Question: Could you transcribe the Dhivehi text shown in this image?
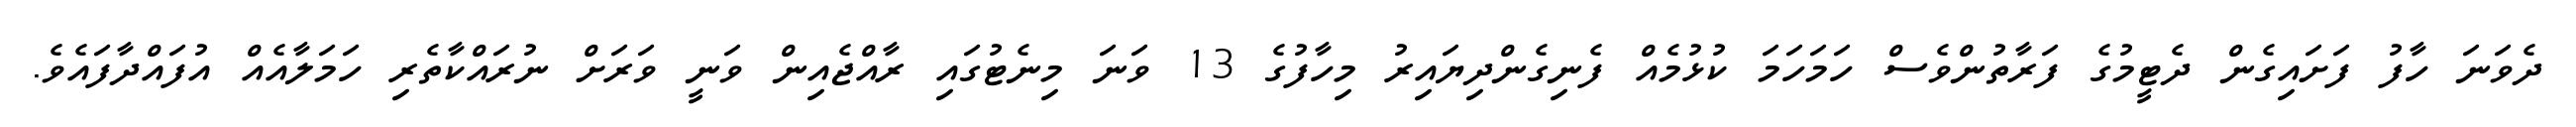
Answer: ދެވަނަ ހާފު ފަށައިގެން ދެޓީމުގެ ފަރާތުންވެސް ހަމަހަމަ ކުޅުމެއް ފެނިގެންދިޔައިރު މިހާފުގެ 13 ވަނަ މިނެޓުގައި ރާއްޖެއިން ވަނީ ވަރަށް ނުރައްކާތެރި ހަމަލާއެއް އުފައްދާފައެވެ.